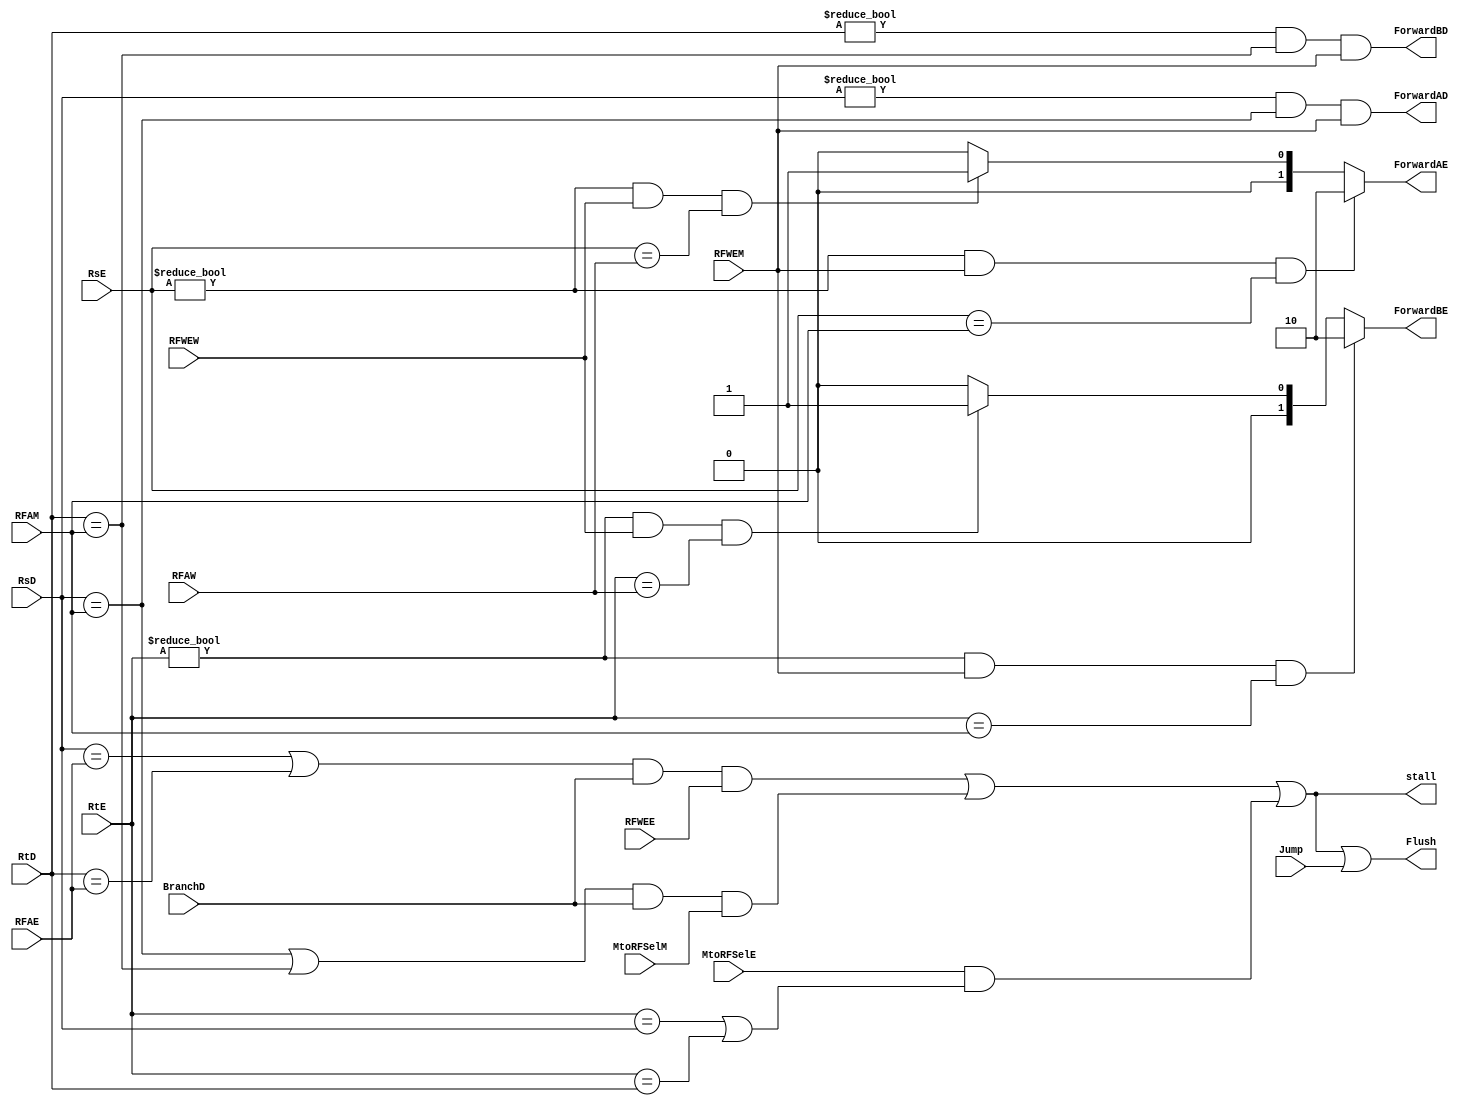
`timescale 1ns / 1ps
                                    //
//////////////////////////////////////
//      H A Z A R D   U N I T       //
//                                  //
//  for the pipelined processor     //
//////////////////////////////////////

module HazardUnit(
    // FETCH
        output reg stall,
    // DECODE
        input BranchD, Jump,
        output reg ForwardAD, ForwardBD,
        input [4:0] RsD,RtD,
        output reg Flush,
    // EXECUTE      
        input [4:0] RsE, RtE, RFAE,
        output reg [1:0] ForwardAE, ForwardBE,
        input MtoRFSelE, RFWEE,
    // MEM      
        input [4:0] RFAM,
        input RFWEM, MtoRFSelM, 
    // WRITE BACK    
        input [4:0] RFAW,
        input RFWEW  
    );
reg LWstall, BRstall;  
//initial LWstall = 1'b0;
//initial BRstall = 1'b0; 
//initial stall = 1'b0;

always @* begin 
//forwarding from M/W to EX-A
    if((RsE!=0) & RFWEM & (RsE==RFAM)) ForwardAE = 2'b10;
    else if ((RsE!=0) & RFWEW & (RsE==RFAW)) ForwardAE = 2'b01;
    else ForwardAE = 2'b00;
//forwarding from M/W to EX-B
    if((RtE!=0) & RFWEM & (RtE==RFAM)) ForwardBE = 2'b10;
    else if ((RtE!=0) & RFWEW & (RtE==RFAW)) ForwardBE = 2'b01;
    else ForwardBE = 2'b00;
//LW-STALLING
    LWstall=(MtoRFSelE & ((RtE==RsD) | (RtE==RtD)));
// HAZARDS
    ForwardAD = ((RsD!=0) & (RsD==RFAM) & RFWEM);
    ForwardBD = ((RtD!=0) & (RtD==RFAM) & RFWEM);
//BRANCH-STALLING
    BRstall = (((RsD==RFAE | RtD==RFAE)& BranchD & RFWEE) | ((RsD==RFAM | RtD==RFAM) & BranchD & MtoRFSelM));   
    stall = BRstall | LWstall;
    
    Flush = stall | Jump;      
end     
endmodule